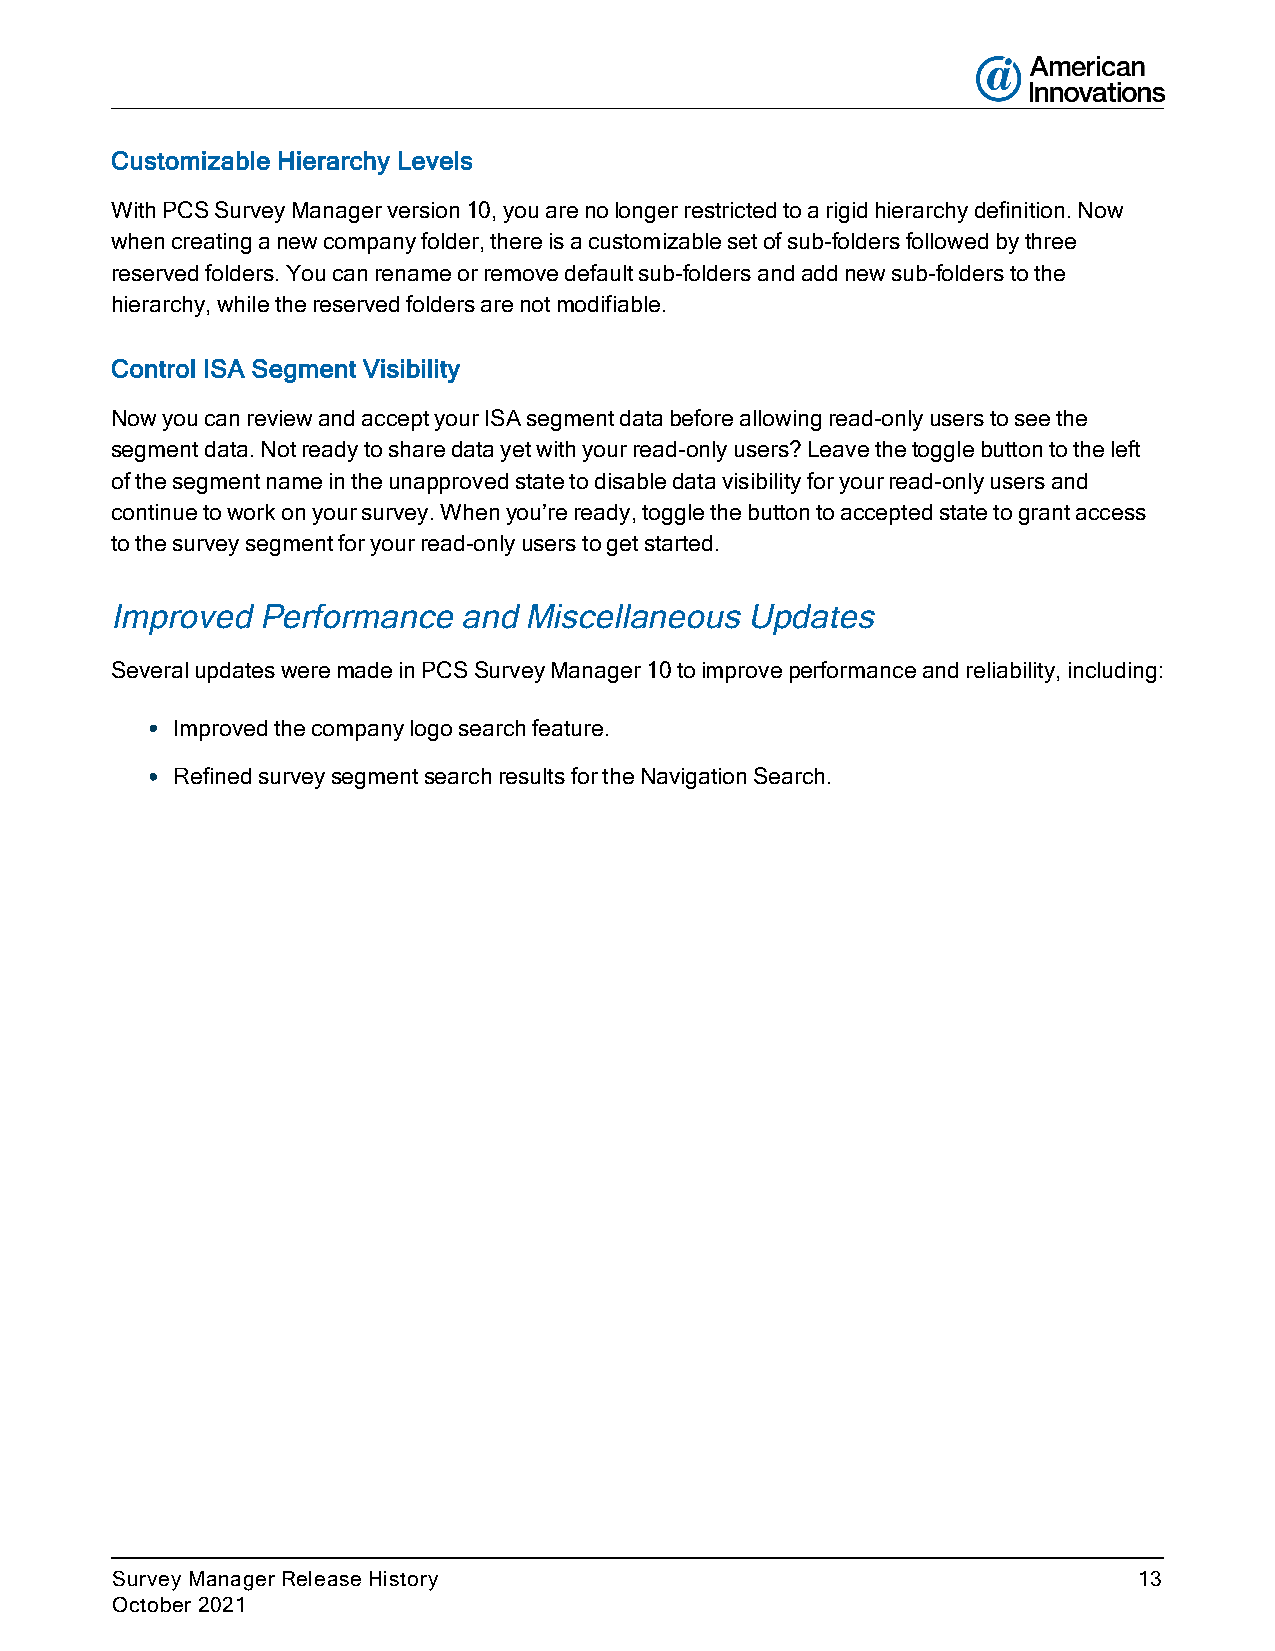
Customizable Hierarchy Levels
 With PCS Survey Manager version 10, you are no longer restricted to a rigid hierarchy definition. Now
 when creating a new company folder, there is a customizable set of sub-folders followed by three
 reserved folders. You can rename or remove default sub-folders and add new sub-folders to the
 hierarchy, while the reserved folders are not modifiable.
 Control ISA Segment Visibility
 Now you can review and accept your ISA segment data before allowing read-only users to see the
 segment data. Not ready to share data yet with your read-only users? Leave the toggle button to the left
 of the segment name in the unapproved state to disable data visibility for your read-only users and
 continue to work on your survey. When you’re ready, toggle the button to accepted state to grant access
 to the survey segment for your read-only users to get started.
 Improved  Performance  and  Miscellaneous Updates
 Several updates were made in PCS Survey Manager 10 to improve performance and reliability, including:
 l Improved the company logo search feature.
 l Refined survey segment search results for the Navigation Search.
 Survey Manager Release History                                      13
 October 2021